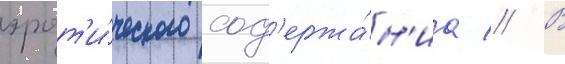
эрот'и́ческого сод'ержа́н'иа // В